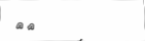
٣٩